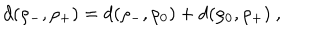
LaTeX: d ( \rho _ { - } , \rho _ { + } ) = d ( \rho _ { - } , \rho _ { 0 } ) + d ( \rho _ { 0 } , \rho _ { + } ) \ ,